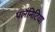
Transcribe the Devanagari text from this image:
पलैनिटिया